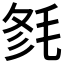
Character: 𣭫